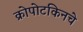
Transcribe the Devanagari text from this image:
क्रोपोटकिनचे